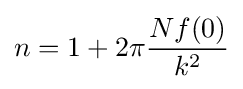
n=1+2\pi {\frac {Nf(0)}{k^{2}}}